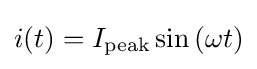
i(t)=I_{\text{peak}}\sin \left(\omega t\right)